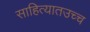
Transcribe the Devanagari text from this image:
साहित्यातउच्च